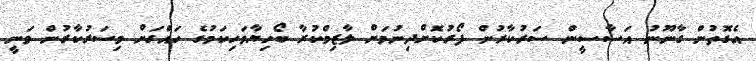
އެގޮތުން ގާނޫނު އަސާސީން ސަރުކާރުން ފޯރުކޮށްދިނުމަށް ލާޒިމްކުރާ ބޯހިޔާވަހިކަމުގެ ހައްގަށް މިސަރުކާރުން ވަނީ